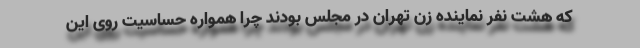
که هشت نفر نماینده زن تهران در مجلس بودند چرا همواره حساسیت روی این